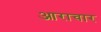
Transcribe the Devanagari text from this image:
आराचार